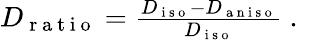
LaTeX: \begin{array}{r}{D_{\mathrm{~r~a~t~i~o~}}=\frac{D_{\mathrm{~i~s~o~}}-D_{\mathrm{~a~n~i~s~o~}}}{D_{\mathrm{~i~s~o~}}}\mathrm{~.~}}\end{array}